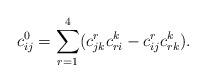
LaTeX: \begin{align*} c_{ij}^0 = \sum_{r=1}^4 (c_{jk}^r c_{ri}^k - c_{ij}^r c_{rk}^k).\end{align*}